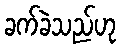
ခက်ခဲသည်ဟု